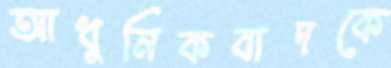
আধুনিকবাদকে